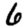
Digit: 6